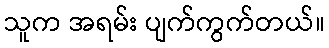
သူက အရမ်း ပျက်ကွက်တယ်။